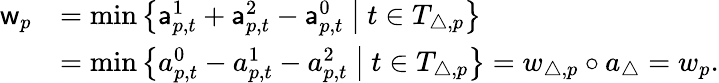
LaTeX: \begin{array}{rl}{\mathsf{w}_{p}}&{=\operatorname*{min}\big\{ \mathsf{a}_{p,t}^{1}+\mathsf{a}_{p,t}^{2}-\mathsf{a}_{p,t}^{0}\ \big|\ t\in T_{\triangle,p}\big\} }\\ &{=\operatorname*{min}\big\{ a_{p,t}^{0}-a_{p,t}^{1}-a_{p,t}^{2}\ \big|\ t\in T_{\triangle,p}\big\} =w_{\triangle,p}\circ a_{\triangle}=w_{p}.}\end{array}